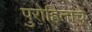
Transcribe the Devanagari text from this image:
पुरोहितांचे